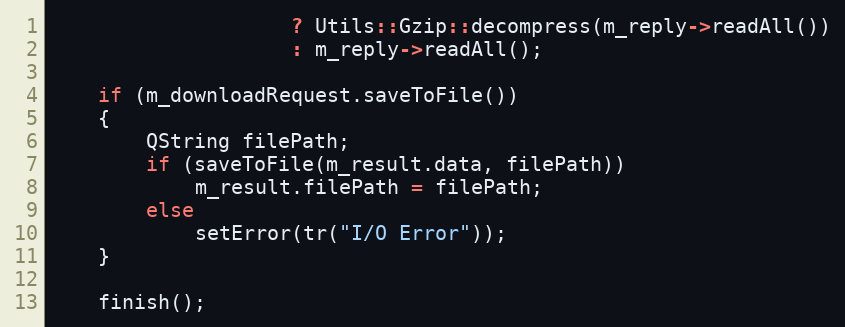
Language: C++
                    ? Utils::Gzip::decompress(m_reply->readAll())
                    : m_reply->readAll();

    if (m_downloadRequest.saveToFile())
    {
        QString filePath;
        if (saveToFile(m_result.data, filePath))
            m_result.filePath = filePath;
        else
            setError(tr("I/O Error"));
    }

    finish();